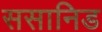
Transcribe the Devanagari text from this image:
ससानिड